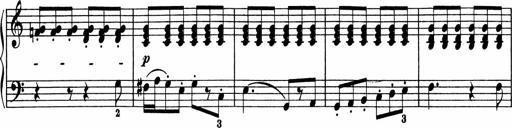
Title: 5 Sonatinen fÃ¼r die Jugend
Composer: Carl Reinecke